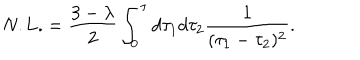
\mathrm { N . L . } = \frac { 3 - \lambda } { 2 } \int _ { 0 } ^ { \tau } d \tau _ { 1 } d \tau _ { 2 } \frac { 1 } { ( \tau _ { 1 } - \tau _ { 2 } ) ^ { 2 } } .